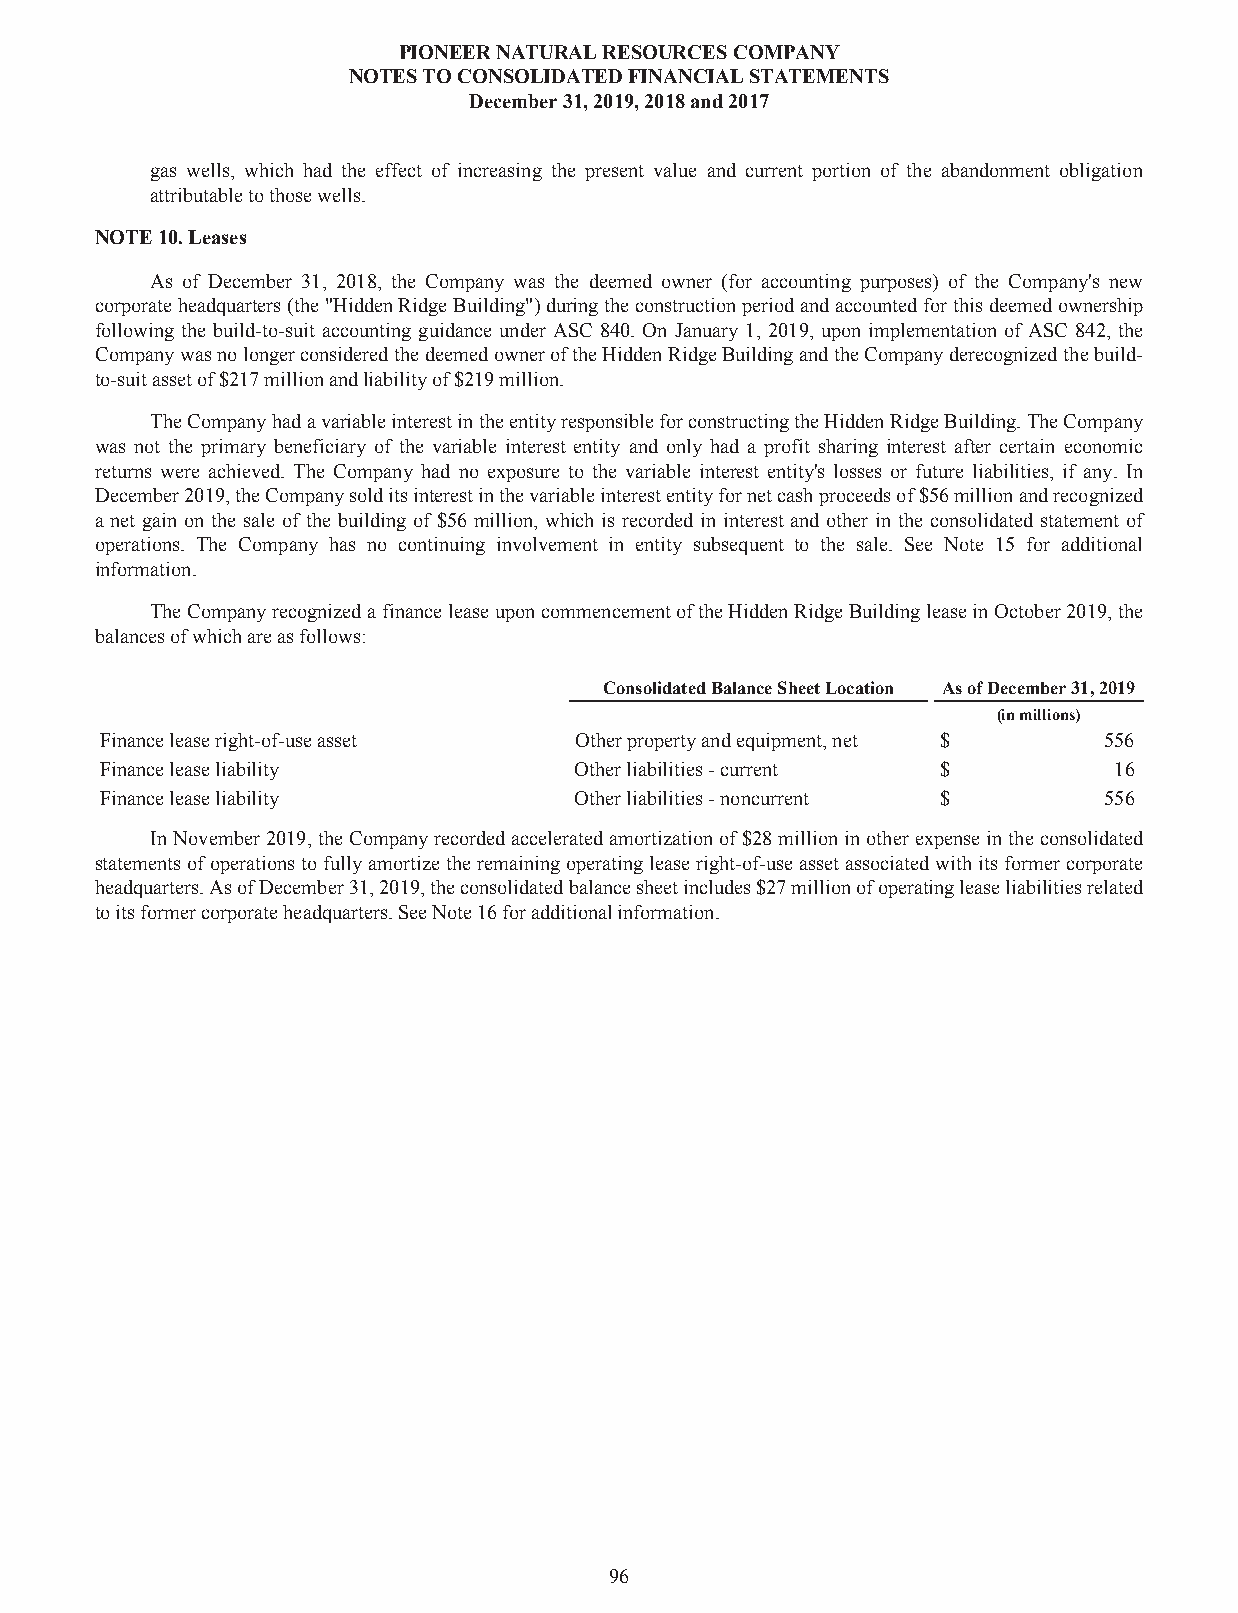
PIONEERNATURALRESOURCESCOMPANY
 NOTESTOCONSOLIDATEDFINANCIALSTATEMENTS
 December31,2019,2018and2017
 gas wells, which had the effect of increasing the present value and current portion of the abandonment obligation
 attributabletothosewells.
 NOTE10.Leases
 As of December 31, 2018, the Company was the deemed owner (for accounting purposes) of the Company's new
 corporateheadquarters(the"HiddenRidgeBuilding")duringtheconstructionperiodandaccountedforthisdeemedownership
 following the build-to-suit accounting guidance under ASC 840. On January 1, 2019, upon implementation of ASC 842, the
 CompanywasnolongerconsideredthedeemedowneroftheHiddenRidgeBuildingandtheCompanyderecognizedthebuild-
 to-suitassetof$217millionandliabilityof$219million.
 TheCompanyhadavariableinterestintheentityresponsibleforconstructingtheHiddenRidgeBuilding.TheCompany
 was not the primary beneficiary of the variable interest entity and only had a profit sharing interest after certain economic
 returns were achieved. The Company had no exposure to the variable interest entity's losses or future liabilities, if any. In
 December2019,theCompanysolditsinterestinthevariableinterestentityfornetcashproceedsof$56millionandrecognized
 a net gain on the sale of the building of $56 million, which is recorded in interest and other in the consolidated statement of
 operations. The Company has no continuing involvement in entity subsequent to the sale. See Note 15 for additional
 information.
 TheCompanyrecognizedafinanceleaseuponcommencementoftheHiddenRidgeBuildingleaseinOctober2019,the
 balancesofwhichareasfollows:
 ConsolidatedBalanceSheetLocation AsofDecember31,2019
 (inmillions)
 Financeleaseright-of-useasset  Otherpropertyandequipment,net $    556
 Financeleaseliability          Otherliabilities-current $          16
 Financeleaseliability          Otherliabilities-noncurrent $      556
 InNovember2019,theCompanyrecordedacceleratedamortizationof$28millioninotherexpenseintheconsolidated
 statementsof operationsto fullyamortizetheremainingoperatingleaseright-of-useassetassociatedwithitsformercorporate
 headquarters.AsofDecember31,2019,theconsolidatedbalancesheetincludes$27millionofoperatingleaseliabilitiesrelated
 toitsformercorporateheadquarters.SeeNote16foradditionalinformation.
 96